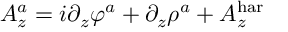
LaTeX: A _ { z } ^ { a } = i \partial _ { z } \varphi ^ { a } + \partial _ { z } \rho ^ { a } + A _ { z } ^ { \mathrm { h a r } }